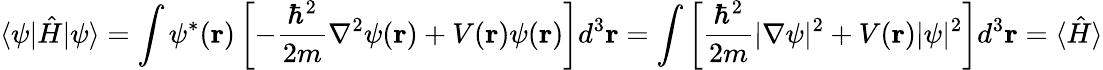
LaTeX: \langle\psi|{\hat{H}}|\psi\rangle=\int\psi^{*}(\mathbf{r})\left[-{\frac{\hbar^{2}}{2m}}\nabla^{2}\psi(\mathbf{r})+V(\mathbf{r})\psi(\mathbf{r})\right]d^{3}\mathbf{r}=\int\left[{\frac{\hbar^{2}}{2m}}|\nabla\psi|^{2}+V(\mathbf{r})|\psi|^{2}\right]d^{3}\mathbf{r}=\langle{\hat{H}}\rangle